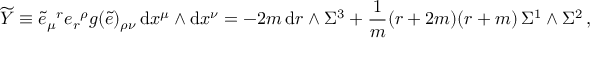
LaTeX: \widetilde Y \equiv \tilde { e } _ { \mu } { } ^ { r } e _ { r } { } ^ { \rho } g ( \tilde { e } ) _ { \rho \nu } \, \mathrm { d } x ^ { \mu } \wedge \mathrm { d } x ^ { \nu } = - 2 m \, \mathrm { d } r \wedge \Sigma ^ { 3 } + \frac { 1 } { m } ( r + 2 m ) ( r + m ) \, \Sigma ^ { 1 } \wedge \Sigma ^ { 2 } \, ,